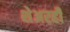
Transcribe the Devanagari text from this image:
शेअरही